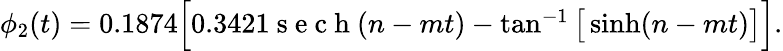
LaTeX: \begin{array}{r}{\phi_{2}(t)=0.1874\Big[0.3421\mathrm{~s~e~c~h~}(n-mt)-\tan^{-1}\big[\sinh(n-mt)\big]\Big].}\end{array}